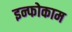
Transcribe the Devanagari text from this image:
इन्फोकाम